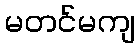
မတင်မကျ